Illuka_vallavalitsus, lk 33
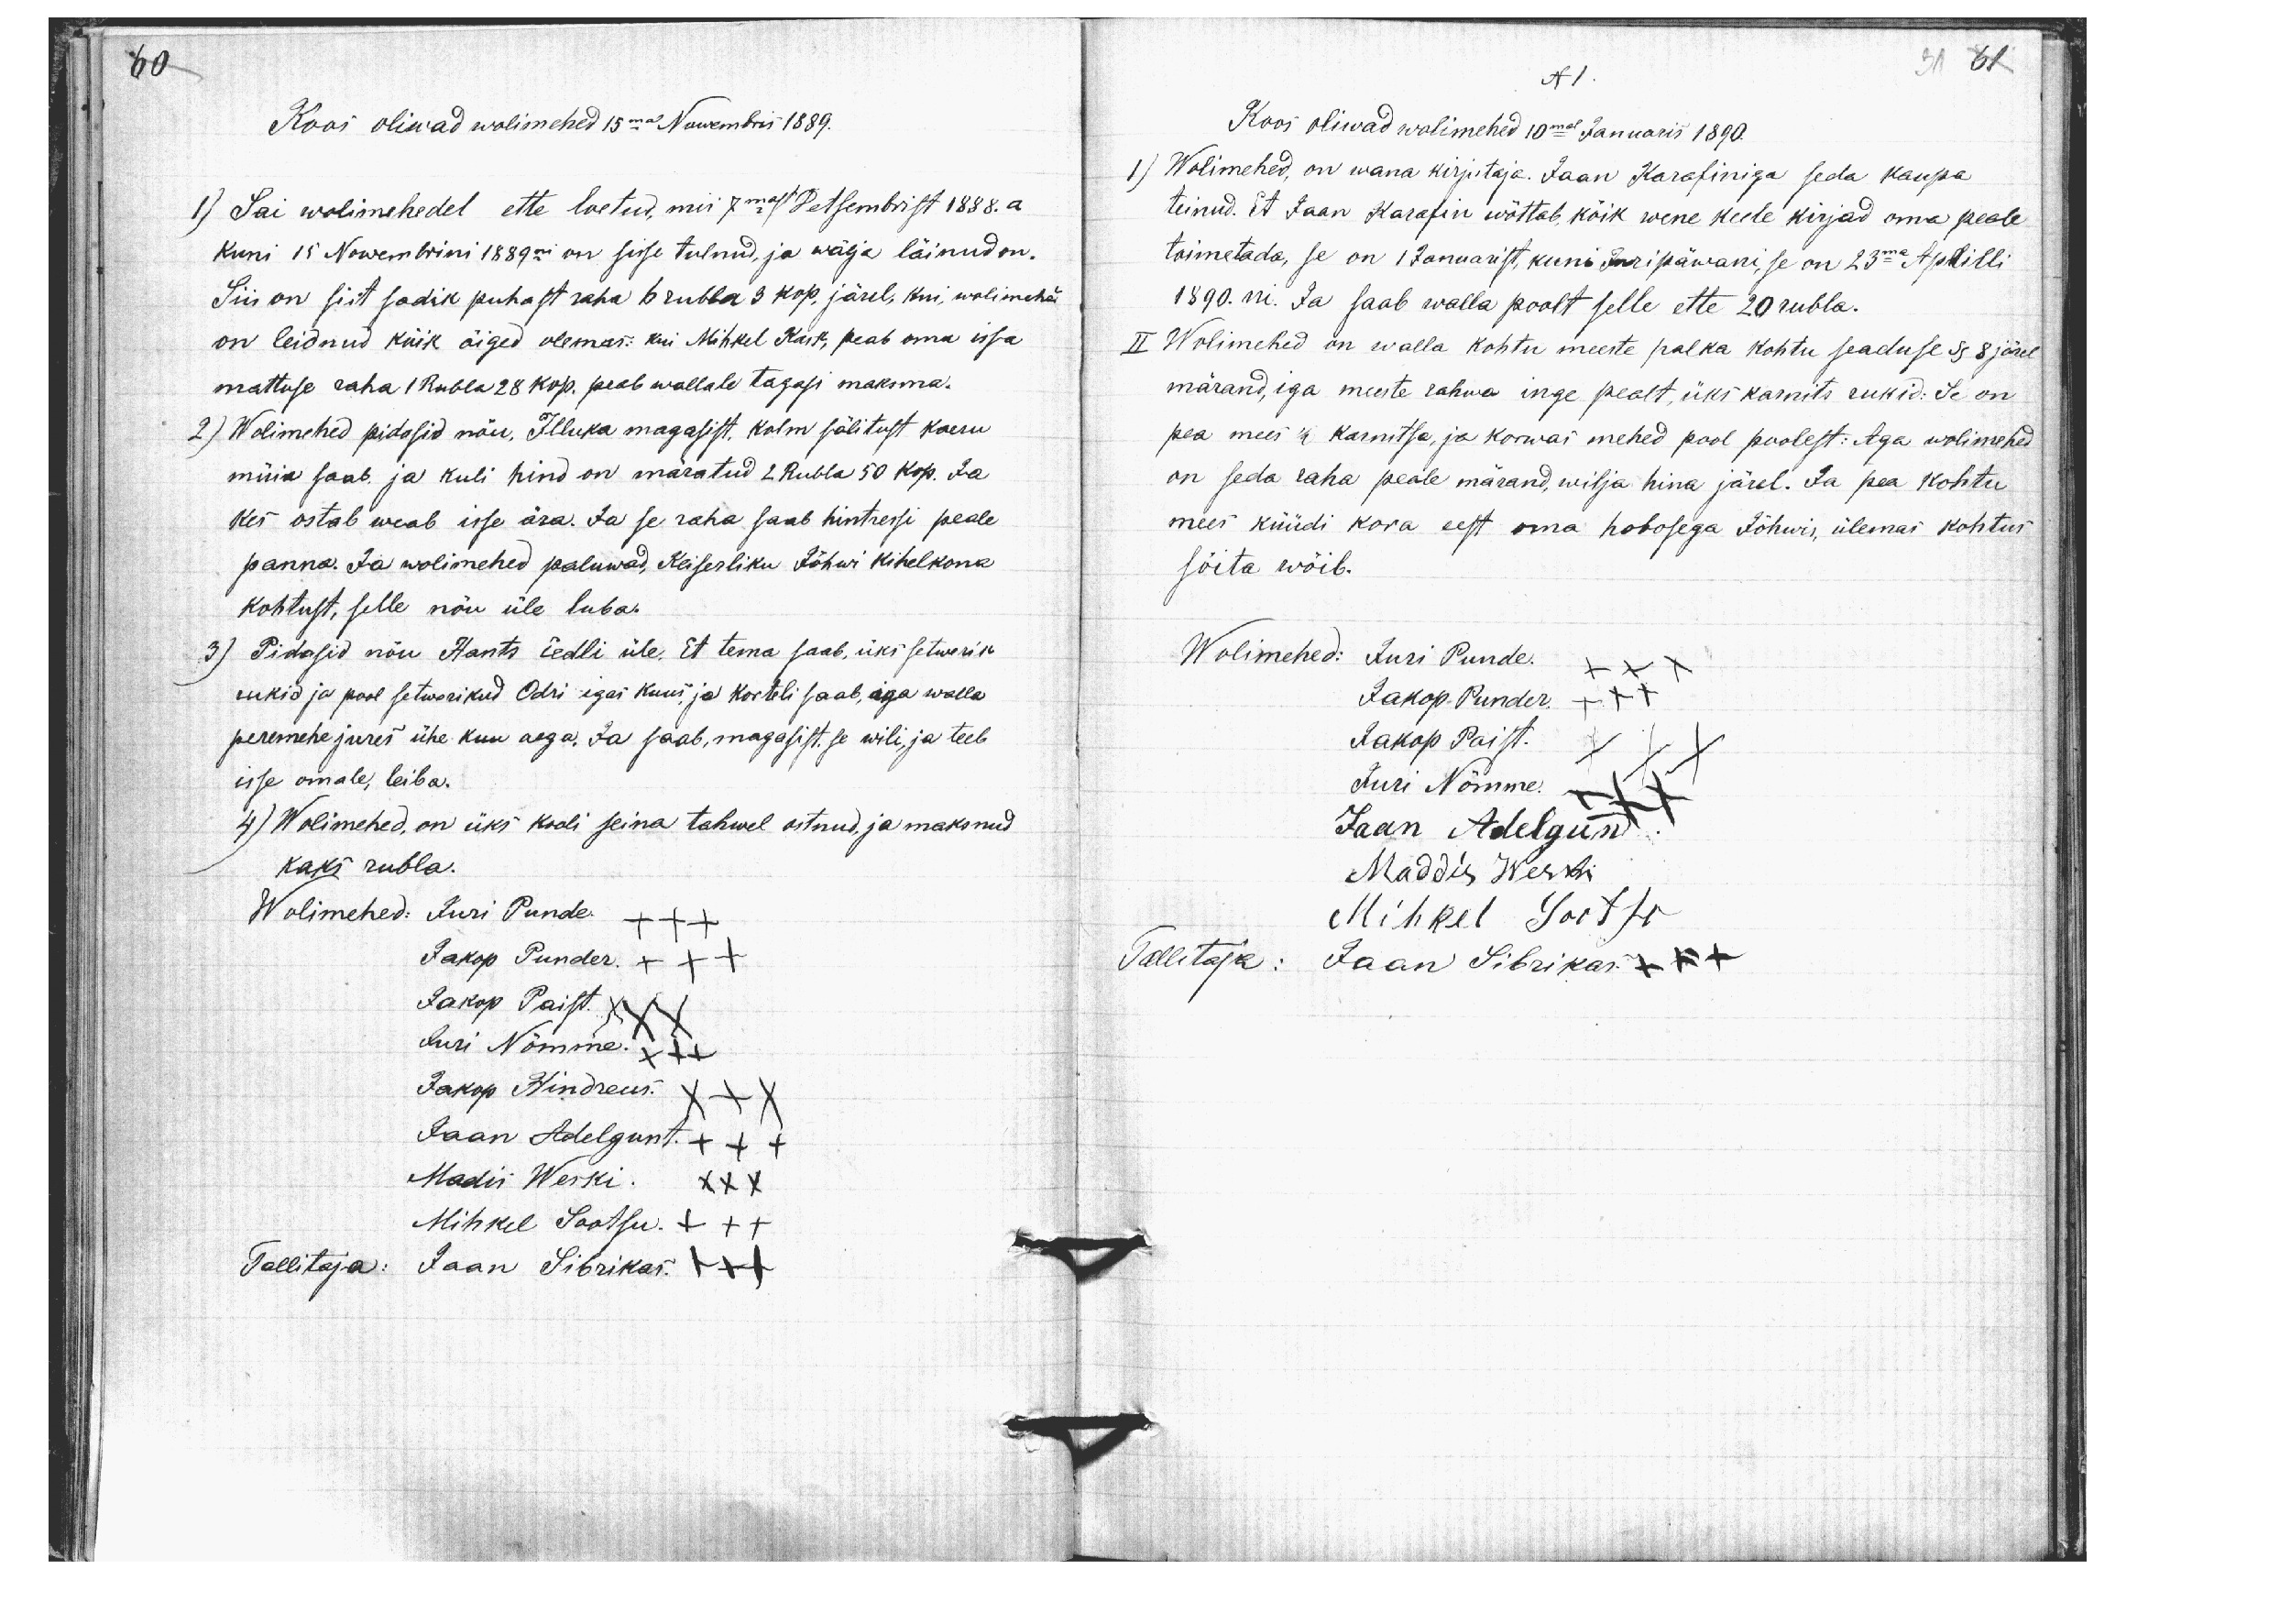
60

31 61

Koos oliwad wolimehed 15mal Nowembris 1889.
1) Sai wolimehedel ette loetud, mis 7mast Detsembrist 1888. a.
kuni 15 Nowembrini 1889ni on sisse tulnud, ja wälja läinud on.
Siis on siit sadik puhast raha 6 rubla 3 kop. järel, kui, wolimehed
on leidnud kõik õiged olemas: kui Mihkel Kask, peab oma issa
mattuse raha 1 Rubla 28 kop. peab wallale tagasi maksma.
2) Wolimehed pidasid nõu, Illuka magasist, kolm sälitust kaeru
müia saab, ja kuli hind on märatud 2 Rubla 50 kop. Ja
kes ostab weab isse ära. Ja se raha saab hintressi peale
panna. Ja wolimehed paluwad, Keiserliku Jõhwi kihelkona
kohtust, selle nõu üle luba.
3) Pidasid nõu Hants Eedli üle. Et tema saab, üks setwerik
rukid ja pool setwerikud Odri igas kuus, ja korteli saab, iga walla
peremehe jures ühe kuu aega. Ja saab, magasist se wili, ja teeb
isse omale, leiba.
4) Wolimehed, on üks kooli seina tahwel ostnud, ja maksnud
kaks rubla.
Wolimehed: Juri Punde XXX
Jakop Punder. XXX
Jakop Paist. XXX
Juri Nõmme. XXX
Jakop Hindreus. XXX
Jaan Adelgunt. XXX
Madis Weski. XXX
Mihkel Sootsu. XXX
Tallitaja: Jaan Sibrikas. +++

N 1.
Koos oliwad wolimehed 10mal Januaris 1890.
1) Wolimehed, on wana kirjutaja. Jaan Karafiniga seda kaupa
teinud. Et Jaan Karafin wõttab kõik wene keele kirjad oma peale
toimetada, se on 1 Januarist, kuni Juripäwani, see on 23ma Aprilli
1890. ni. Ja saab walla poolt selle ette 20 rubla.
II Wolimehed on walla kohtu meeste palka Kohtu seaduse § 8 järel
märand, iga meeste rahwa inge pealt, üks karnits rukid: Se on
pea mees 1/2 karnitsa, ja korwas mehed pool poolest. Aga wolimehed
on seda raha peale märand, wilja hina järel. Ja pea kohtu
mees küüdi kora eest oma hobosega Jõhwis, ülemas kohtus
sõita wõib.
Wolimehed: Juri Punde. XXX
Jakop. Punder. +++
Jakop Paist. XXX
Juri Nõmme. XXX
Jaan Adelgund
Maddis Weski
Mihkel Sootsu
Tallitaja: Jaan Sibrikas +++